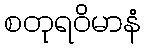
စတုရဝိမာနံ